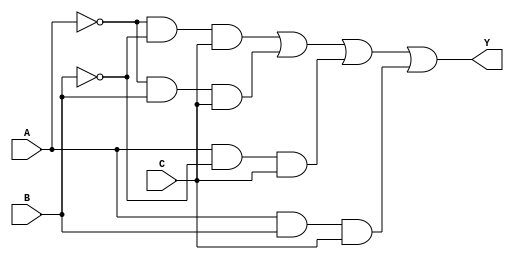
module kmap_3var (
    input wire A,  // Input A
    input wire B,  // Input B
    input wire C,  // Input C
    output wire Y  // Output Y
);

// Define the output Y based on the K-map
// Assuming the K-map has the following minterms as 1:
// For example, let's say the K-map has 1s in minterms 1, 3, 5, 7 (i.e., A'BC', AB'C', ABC, ABC'
// This corresponds to the following minterms: 001, 011, 101, 111
assign Y = ( (~A & ~B & C) |  // Minterm 1: A'B'C
            ( ~A & B & C) |  // Minterm 3: A'BC
            ( A & ~B & C) |  // Minterm 5: AB'C
            ( A & B & C) );   // Minterm 7: ABC

endmodule